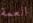
العمة